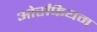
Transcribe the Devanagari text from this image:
ओरफियम